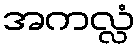
အကလ္လံ